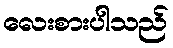
လေးစားပါသည်